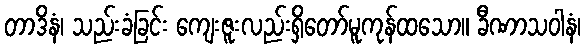
တာဒိနံ၊ သည်းခံခြင်း ကျေးဇူးလည်းရှိတော်မူကုန်ထသော။ ခီဏာသဝါနံ၊